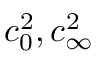
c _ { 0 } ^ { 2 } , c _ { \infty } ^ { 2 }